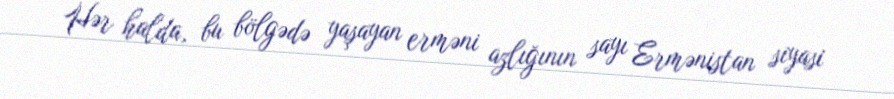
Hər halda, bu bölgədə yaşayan erməni azlığının sayı Ermənistan siyasi